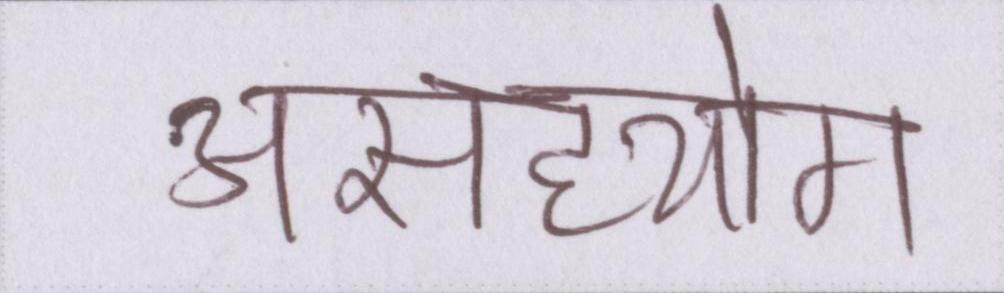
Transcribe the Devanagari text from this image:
असहयोग